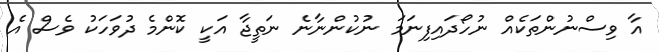
އާ ވިސްނުންތަކެއް ނުހޯދައިފިނަމަ ނުކުންނާނެ ނަތީޖާ އަކީ ކޮންމެ ދުވަހަކު ވެސް އެ